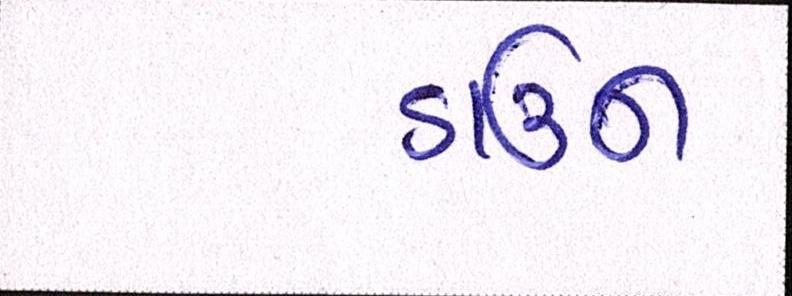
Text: ડાઉન